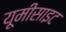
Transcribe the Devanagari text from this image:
यूमीसाइट